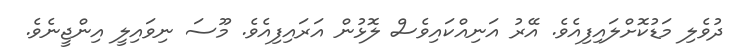
ދުވެލި މަޑުކޮށްލައިފިއެވެ. އޭރު އަނިއްކައިވެސް ލޮޅުން އަރައިފިއެވެ. މޫސަ ނިވައިލީ އިންޖީނެވެ.